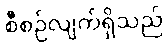
စီစဉ်လျက်ရှိသည်